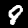
Digit: 8